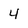
Character: 4